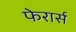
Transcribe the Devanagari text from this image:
फेरार्स